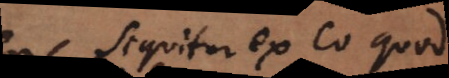
Sequitur ex eo quod